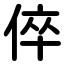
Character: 倅